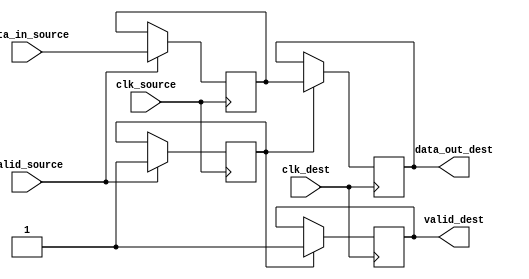
module BurstSynchronizer (
    input wire clk_source,
    input wire [7:0] data_in_source,
    input wire valid_source,
    input wire clk_dest,
    output reg [7:0] data_out_dest,
    output reg valid_dest
);

reg [7:0] synced_data;
reg synced_valid;

always @(posedge clk_source) begin
    if (valid_source) begin
        synced_data <= data_in_source;
        synced_valid <= 1;
    end
end

always @(posedge clk_dest) begin
    if (synced_valid) begin
        data_out_dest <= synced_data;
        valid_dest <= 1;
    end
end

endmodule